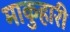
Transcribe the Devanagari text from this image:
माकुहारी